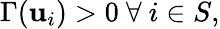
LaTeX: \Gamma(\mathbf{u}_{i})>0\ \forall\ i\in S,